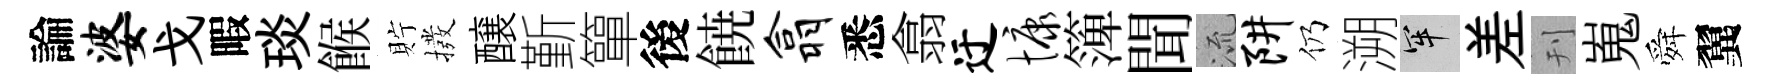
論婆戈暇琰餱貯撥醸斳簞後𩜙翕悉翕迂慷𥱼聞𣴑阱仍溯牢差刊嵬舜翼